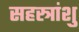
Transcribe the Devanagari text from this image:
सहस्त्रांशु